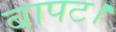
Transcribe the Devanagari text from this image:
बापट।